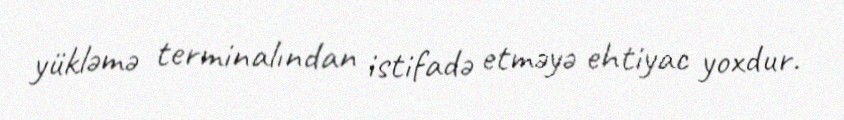
yükləmə terminalından istifadə etməyə ehtiyac yoxdur.